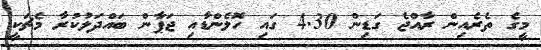
މީގެ ތެރެއިން ރާއްޖެ ގަޑިން 4.30 ގައި ހޮލެންޑާއި ޖަޕާން ބައްދަލުކުރާ މެޗަކީ